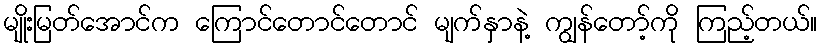
မျိုးမြတ်အောင်က ကြောင်တောင်တောင် မျက်နှာနဲ့ ကျွန်တော့်ကို ကြည့်တယ်။